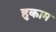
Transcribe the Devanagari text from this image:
हुकाम